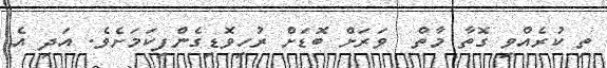
ތި ކުރެއްވި ގޮތާ މާތް  ވަރަށް ބޮޑަށް ރުހިވޮޑިގެންފިކަމަށެވެ. އަދި އެ